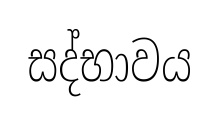
සද්භාවය